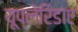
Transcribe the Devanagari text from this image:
यूप्लेरिडाए